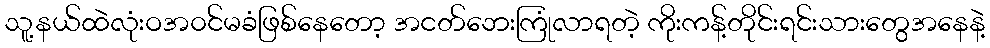
သူ့နယ်ထဲလုံးဝအ၀င်မခံဖြစ်နေတော့ အငတ်ဘေးကြုံလာရတဲ့ ကိုးကန့်တိုင်းရင်းသားတွေအနေနဲ့